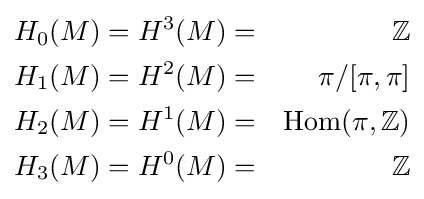
{\begin{aligned}H_{0}(M)&=H^{3}(M)=&\mathbb {Z} \\H_{1}(M)&=H^{2}(M)=&\pi /[\pi ,\pi ]\\H_{2}(M)&=H^{1}(M)=&{\text{Hom}}(\pi ,\mathbb {Z} )\\H_{3}(M)&=H^{0}(M)=&\mathbb {Z} \end{aligned}}